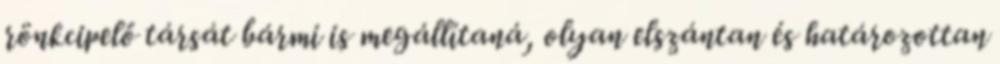
rönkcipelő társát bármi is megállítaná, olyan elszántan és határozottan